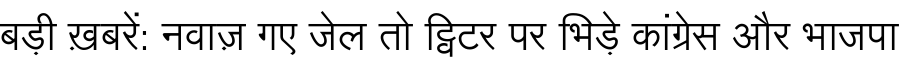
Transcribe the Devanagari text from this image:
बड़ी ख़बरें: नवाज़ गए जेल तो ट्विटर पर भिड़े कांग्रेस और भाजपा